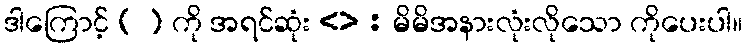
ဒါကြောင့် ( ) ကို အရင်ဆုံး <> : မိမိအနားလုံးလိုသော ကိုပေးပါ။